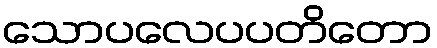
သောပလေပပတိတော